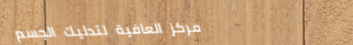
مركز العافية لتدليك الجسم